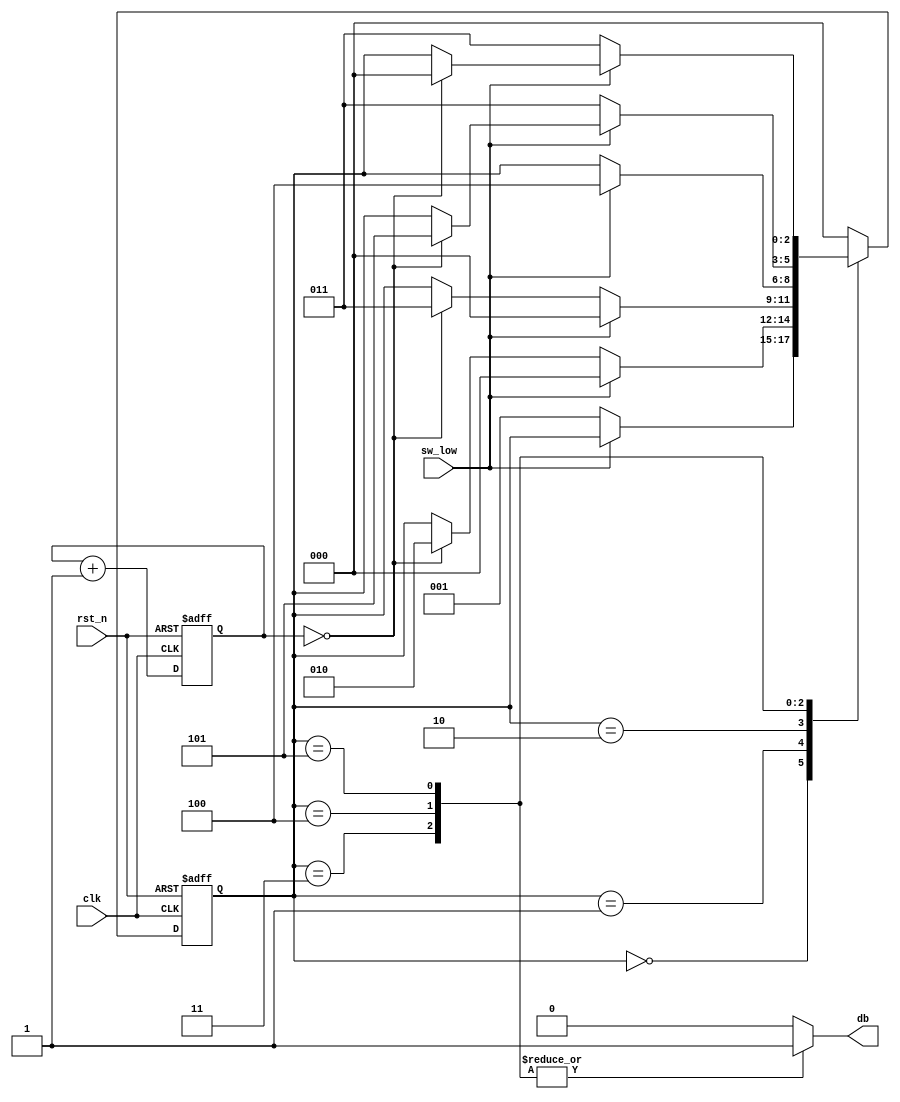
`timescale 1ns / 1ps

module debouncing_button(
	input clk,rst_n,
	input sw_low, //active low
	output reg db
    );
	 
	 localparam N=20; //free-running counter, 2^N/50MHz=2^20/50MHz=20.9ms 
	 
	 //symbolic declaration for FSM
	 localparam [2:0] zero=3'd0,
							mid0_1=3'd1,
							mid0_2=3'd2,
							one=3'd3,
							mid1_1=3'd4,
							mid1_2=3'd5;
							
	 reg[2:0] state_reg=0,state_nxt=0;
	 reg[N-1:0] counter=0; 
	 wire[N-1:0] counter_nxt;
	 wire sw,tick;
	 assign sw=!sw_low; //sw is now active high
	 
	 //Logic for FSM and free-running-counter 
	 always @(posedge clk,negedge rst_n) begin
		if(!rst_n) begin
				state_reg<=zero;
				counter<=0;
		end
		
		else begin
				state_reg<=state_nxt;
				counter<=counter_nxt;			
		 end
	 end
	 //next-state logic of FSM and free-running-counter
	 assign counter_nxt=counter+1;
	 assign tick=(counter==0);
	 always @* begin
		 state_nxt=state_reg;
		 db=0;
		 case(state_reg)
				zero: if(sw) state_nxt=mid0_1;
				mid0_1: begin
							if(!sw) state_nxt=zero;
							else if(tick) state_nxt=mid0_2;
						  end
				mid0_2: begin 
							if(!sw) state_nxt=zero;
							else if(tick) state_nxt=one;
						  end
					one: begin
							 db=1;
							 if(!sw) state_nxt=mid1_1;
						  end
				mid1_1: begin
							 db=1;
							 if(sw) state_nxt=one;
							 else if(tick) state_nxt=mid1_2;
						  end
			  mid1_2:  begin
							 db=1;
							 if(sw) state_nxt=one;
							 else if(tick) state_nxt=zero;
						  end
			  default: state_nxt=zero;
		  endcase
	 end


endmodule